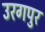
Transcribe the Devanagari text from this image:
उरगपुर